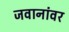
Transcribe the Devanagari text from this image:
जवानांवर